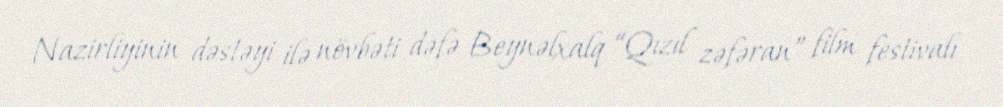
Nazirliyinin dəstəyi ilə növbəti dəfə Beynəlxalq “Qızıl zəfəran” film festivalı